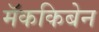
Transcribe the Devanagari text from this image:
मॅककिबेन